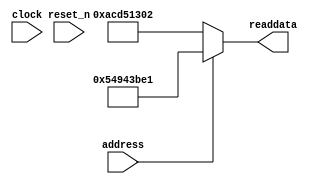
module soc_system_sysid_qsys_4 (
                address,
                clock,
                reset_n,
                readdata
             )
;
  output  [ 31: 0] readdata;
  input            address;
  input            clock;
  input            reset_n;
  wire    [ 31: 0] readdata;
  assign readdata = address ? 1419000801 : 2899645186;
endmodule